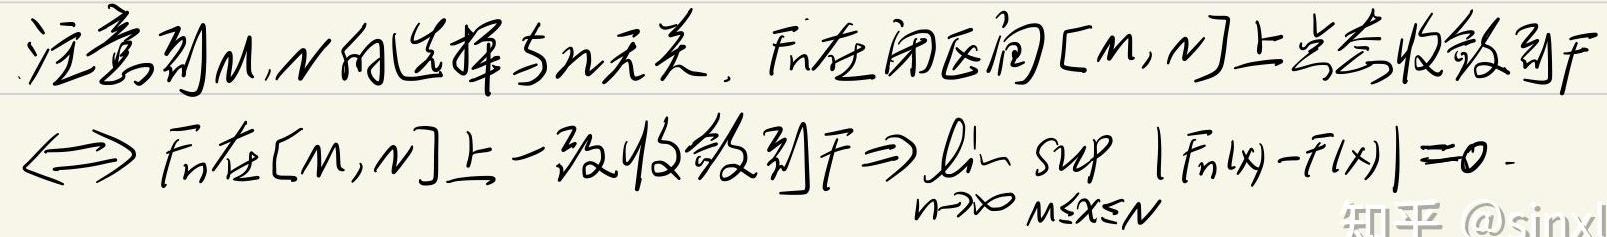
注意到$M,N$的选择与$n$无关. $F_n$在闭区间$[M,N]$上点点收敛到$F$
$\Leftrightarrow F_n$在$[M,N]$上一致收敛到$F\Rightarrow \lim_{n\to\infty}\sup_{M\leq x\leq N}|F_n(x)-F(x)| = 0$.
知乎 @sinxl